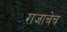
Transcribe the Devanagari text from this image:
राजाचेच